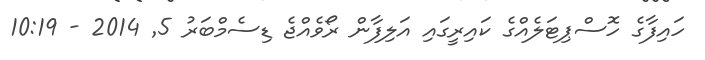
ހައިފާގެ ހޮސްޕިޓަލެއްގެ ކައިރީގައި އަލިފާން ރޯވެއްޖެ ޑިސެމްބަރު 5